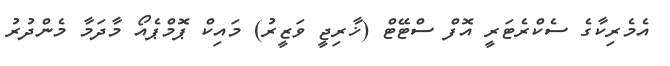
އެމެރިކާގެ ސެކްރެޓަރީ އޮފް ސްޓޭޓް (ޚާރިޖީ ވަޒީރު) މައިކް ޕޮމްޕެއޯ މާދަމާ މެންދުރު